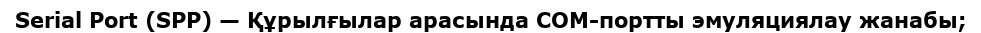
Serial Port (SPP) — Құрылғылар арасында COM-портты эмуляциялау жанабы;